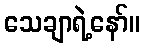
သေချာရဲ့နော်။